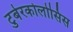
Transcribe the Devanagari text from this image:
टुबेरकोलोसिस